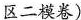
区二模卷)